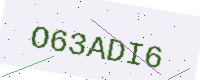
Text: O63ADI6